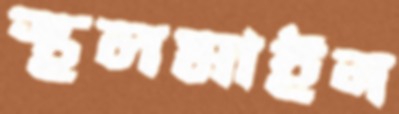
স্থলমাইন